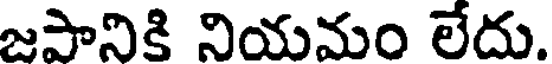
జపానికి నియమం లేదు.